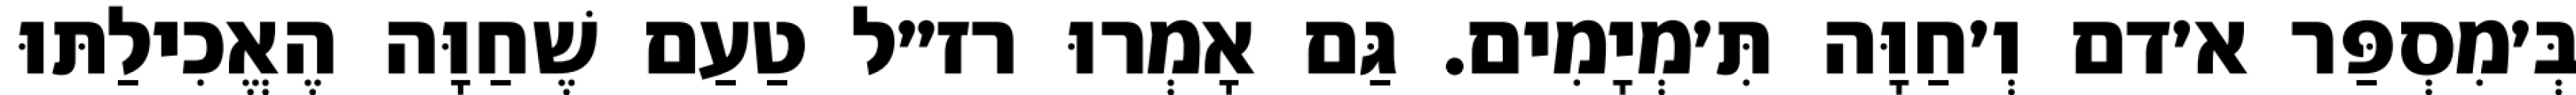
בְּ׳מִסְפַּר א׳דם וְ׳חַוָּה תִּ׳מְיָמִים. גַּם אָמְרוּ רז״ל טַעַם שֶׁחַוָּה הֶאֱכִילַתּוּ